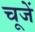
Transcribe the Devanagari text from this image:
चूजें